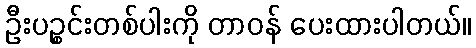
ဦးပဉ္စင်းတစ်ပါးကို တာဝန် ပေးထားပါတယ်။